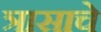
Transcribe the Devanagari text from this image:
त्रासाचे